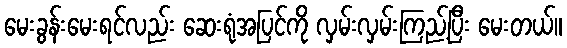
မေးခွန်းမေးရင်လည်း ဆေးရုံအပြင်ကို လှမ်းလှမ်းကြည့်ပြီး မေးတယ်။